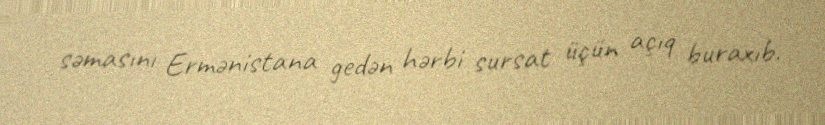
səmasını Ermənistana gedən hərbi sursat üçün açıq buraxıb.